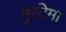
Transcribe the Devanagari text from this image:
कुटिमा